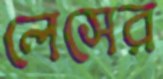
লেসের